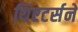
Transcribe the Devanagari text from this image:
थिएटर्सने